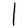
Character: I